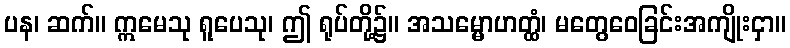
ပန၊ ဆက်။ ဣမေသု ရူပေသု၊ ဤ ရုပ်တို့၌။ အသမ္မောဟတ္ထံ၊ မတွေဝေခြင်းအကျိုးငှာ။